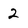
Character: 2